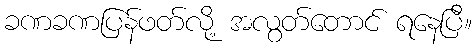
ခဏခဏပြန်ဖတ်လို့ အလွတ်တောင် ရနေပြီ။